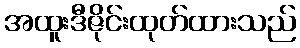
အထူးဒီဇိုင်းထုတ်ထားသည်